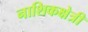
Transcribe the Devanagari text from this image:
नाशिकक्षेत्री